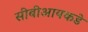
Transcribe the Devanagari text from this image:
सीबीआयकडे